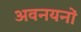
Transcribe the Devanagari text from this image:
अवनयनों